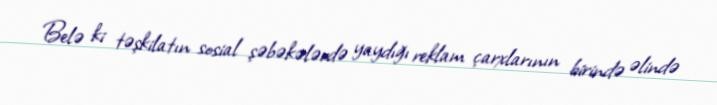
Belə ki təşkilatın sosial şəbəkələrdə yaydığı reklam çarxlarının birində əlində